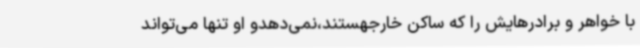
با خواهر و برادرهایش را که ساکن خارجهستند،نمی‌دهدو او تنها می‌تواند